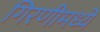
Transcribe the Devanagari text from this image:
गिरणीमध्ये